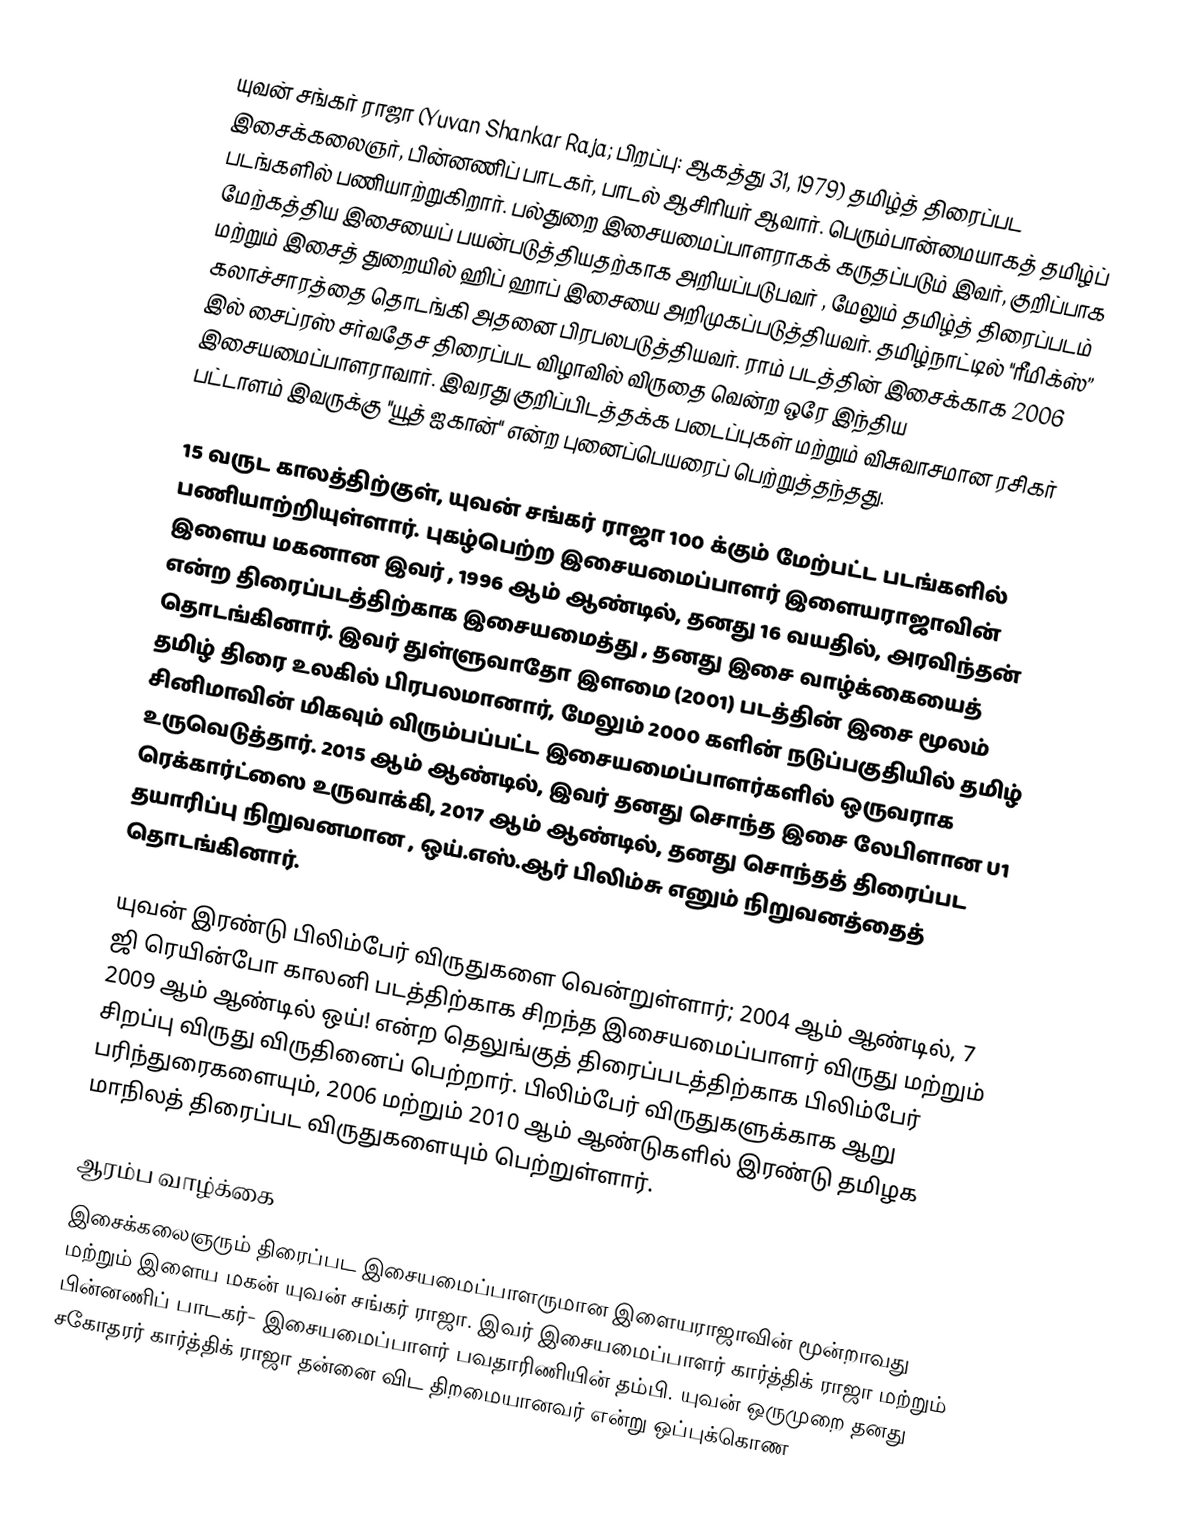
யுவன் சங்கர் ராஜா (Yuvan Shankar Raja; பிறப்பு: ஆகத்து 31, 1979) தமிழ்த் திரைப்பட இசைக்கலைஞர், பின்னணிப் பாடகர், பாடல் ஆசிரியர் ஆவார். பெரும்பான்மையாகத் தமிழ்ப் படங்களில் பணியாற்றுகிறார். பல்துறை இசையமைப்பாளராகக் கருதப்படும் இவர், குறிப்பாக மேற்கத்திய இசையைப் பயன்படுத்தியதற்காக அறியப்படுபவர் , மேலும் தமிழ்த் திரைப்படம் மற்றும் இசைத் துறையில் ஹிப் ஹாப் இசையை அறிமுகப்படுத்தியவர். தமிழ்நாட்டில் "ரீமிக்ஸ்” கலாச்சாரத்தை தொடங்கி அதனை பிரபலபடுத்தியவர். ராம் படத்தின்  இசைக்காக 2006 இல் சைப்ரஸ் சர்வதேச திரைப்பட விழாவில் விருதை வென்ற ஒரே இந்திய இசையமைப்பாளராவார். இவரது குறிப்பிடத்தக்க படைப்புகள் மற்றும் விசுவாசமான ரசிகர் பட்டாளம் இவருக்கு "யூத்  ஐகான்" என்ற புனைப்பெயரைப் பெற்றுத்தந்தது.

15 வருட காலத்திற்குள், யுவன் சங்கர் ராஜா 100 க்கும் மேற்பட்ட படங்களில் பணியாற்றியுள்ளார். புகழ்பெற்ற இசையமைப்பாளர் இளையராஜாவின் இளைய மகனான இவர் , 1996 ஆம் ஆண்டில், தனது 16 வயதில், அரவிந்தன் என்ற திரைப்படத்திற்காக  இசையமைத்து , தனது இசை வாழ்க்கையைத் தொடங்கினார். இவர் துள்ளுவாதோ இளமை (2001) படத்தின் இசை மூலம் தமிழ் திரை உலகில் பிரபலமானார், மேலும் 2000 களின் நடுப்பகுதியில் தமிழ் சினிமாவின் மிகவும் விரும்பப்பட்ட இசையமைப்பாளர்களில் ஒருவராக உருவெடுத்தார். 2015 ஆம் ஆண்டில், இவர் தனது சொந்த இசை லேபிளான U1 ரெக்கார்ட்ஸை உருவாக்கி, 2017 ஆம் ஆண்டில், தனது சொந்தத் திரைப்பட தயாரிப்பு நிறுவனமான , ஒய்.எஸ்.ஆர் பிலிம்சு எனும் நிறுவனத்தைத் தொடங்கினார்.

யுவன் இரண்டு பிலிம்பேர் விருதுகளை வென்றுள்ளார்; 2004 ஆம் ஆண்டில், 7 ஜி ரெயின்போ காலனி படத்திற்காக சிறந்த இசையமைப்பாளர் விருது மற்றும் 2009 ஆம் ஆண்டில் ஒய்! என்ற தெலுங்குத் திரைப்படத்திற்காக பிலிம்பேர் சிறப்பு விருது விருதினைப் பெற்றார். பிலிம்பேர் விருதுகளுக்காக ஆறு பரிந்துரைகளையும், 2006 மற்றும் 2010 ஆம் ஆண்டுகளில் இரண்டு தமிழக மாநிலத் திரைப்பட விருதுகளையும் பெற்றுள்ளார்.

ஆரம்ப வாழ்க்கை
இசைக்கலைஞரும் திரைப்பட இசையமைப்பாளருமான இளையராஜாவின் மூன்றாவது மற்றும் இளைய மகன் யுவன் சங்கர் ராஜா. இவர் இசையமைப்பாளர் கார்த்திக் ராஜா மற்றும் பின்னணிப் பாடகர்- இசையமைப்பாளர் பவதாரிணியின்  தம்பி. யுவன் ஒருமுறை தனது சகோதரர் கார்த்திக் ராஜா தன்னை விட திறமையானவர் என்று ஒப்புக்கொண